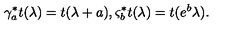
\gamma _ { a } ^ { \ast } t ( \lambda ) = t ( \lambda + a ) , \varsigma _ { b } ^ { \ast } t ( \lambda ) = t ( e ^ { b } \lambda ) .